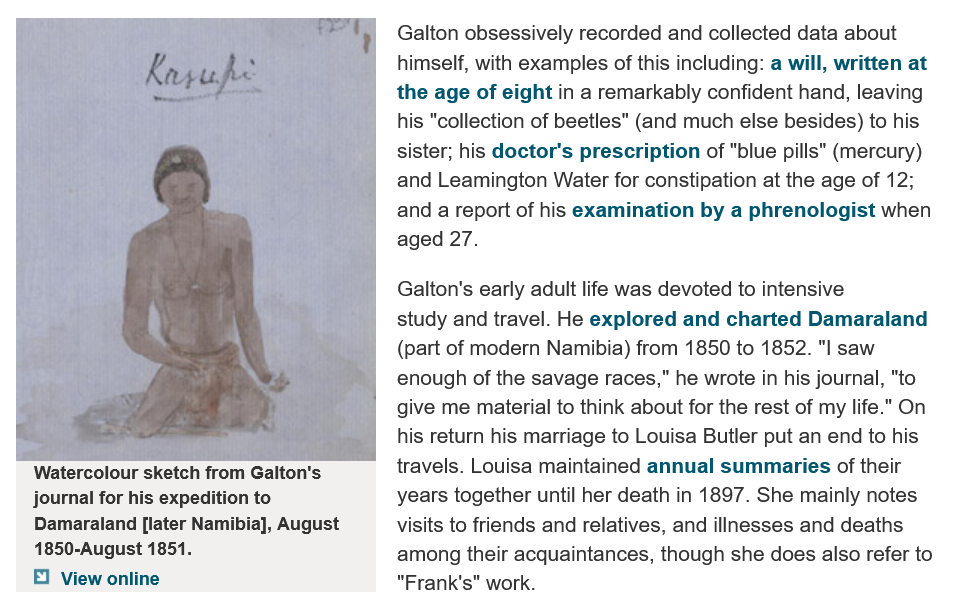
Kesupe
    Watercolour sketch from Galton's
    journal for his expedition to
    Damaraland [later Namibia], August
    1850-August 1851.
    E] View online
     Galton obsessively recorded and collected data about
     himself, with examples of this including: a will, written at
     the age of eight in a remarkably confident hand, leaving
     his "collection of beetles" (and much else besides) to his
     sister; his doctor's prescription of "blue pills" (mercury)
     and Leamington  Water for constipation at the age of 12;
     and a report of his examination by a phrenologist when
     aged 27.
     Galton's early adult life was devoted to intensive
     study and travel. He explored and charted Damaraland
     (part of modern Namibia) from 1850 to 1852. "| saw
     enough of the savage races," he wrote in his journal, "to
     give me material to think about for the rest of my life." On
     his return his marriage to Louisa Butler put an end to his
     travels. Louisa maintained annual summaries of their
     years together until her death in 1897. She mainly notes
     visits to friends and relatives, and illnesses and deaths
     among their acquaintances, though she does also refer to
     "Frank's" work.